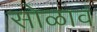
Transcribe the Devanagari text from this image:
सोळावं